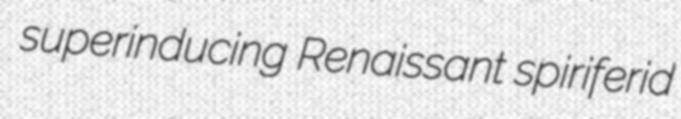
superinducing Renaissant spiriferid